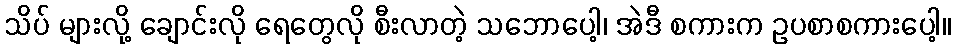
သိပ် များလို့ ချောင်းလို ရေတွေလို စီးလာတဲ့ သဘောပေါ့၊ အဲဒီ စကားက ဥပစာစကားပေါ့။